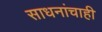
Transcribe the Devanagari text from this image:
साधनांचाही